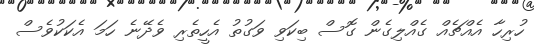
ހުރިހާ އެއްޗެއް ގެއްލިގެން ގޮސް ބިކަވި ވަގުތު އެހީތެރި ވެދޭނެ ހަމަ އެކަކުވެސް